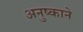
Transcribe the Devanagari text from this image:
अनुष्काने